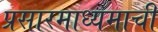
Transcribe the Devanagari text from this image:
प्रसारमाध्यमाची